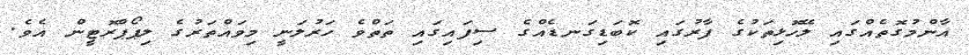
އާންމުގޮތެއްގައި ލޭހޮޅިތަކުގެ ފާރުގައި ކޮބަޑިގަނޑެއްގެ ސިފައިގައި ތަތްވެ ހަރުލަނީ މިވައްތަރުގެ ލިޕޯޕްރޮޓީން އެވެ.